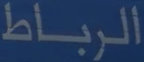
الرباط